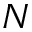
N